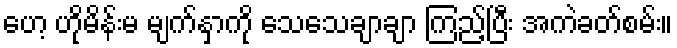
ဟေ့ ဟိုမိန်းမ မျက်နှာကို သေသေချာချာ ကြည့်ပြီး အကဲခတ်စမ်း။